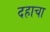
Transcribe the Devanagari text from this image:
दहाचा